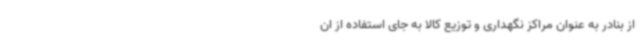
از بنادر به عنوان مراکز نگهداری و توزیع کالا به جای استفاده از ان